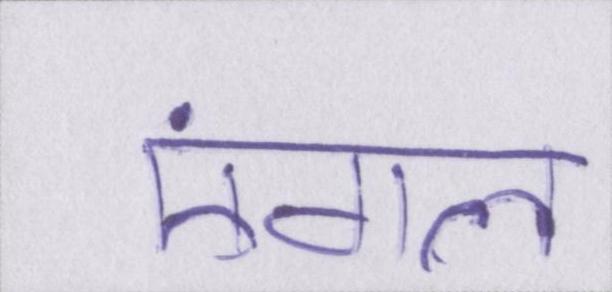
एंगल